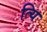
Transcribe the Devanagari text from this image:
त्यि